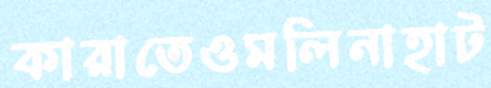
কারাতেওমলিনাহাট